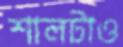
শালটাও